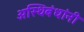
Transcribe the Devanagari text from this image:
अस्थिबंधांनी